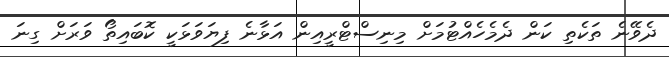
ދެވޭނެ ތަކެތި ކަން ދެމެހެއްޓުމަށް މިނިސްޓްރީއިން އަޅާނެ ފިޔަވަޅަކީ ކޮބައިތޯ ވަރަށް ގިނަ